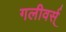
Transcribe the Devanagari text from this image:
गलीवर्स्